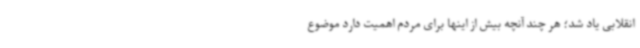
انقلابی یاد شد؛ هر چند آنچه بیش از اینها برای مردم اهمیت دارد موضوع